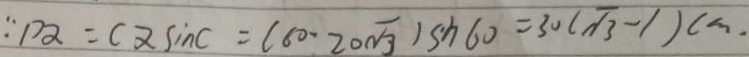
\because P \alpha = c \alpha \sin c = ( 6 0 - 2 0 \sqrt { 3 } ) \sin 6 0 = 3 0 ( \sqrt { 3 } - 1 ) c m .